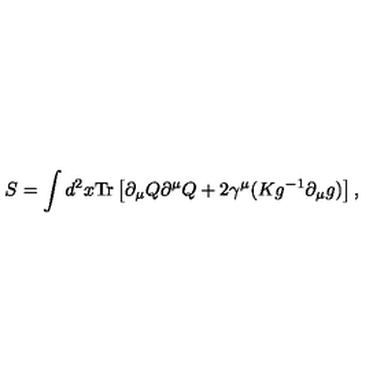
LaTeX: S = \int d ^ { 2 } x \mathrm { T r } \left[ \partial _ { \mu } Q \partial ^ { \mu } Q + 2 \gamma ^ { \mu } ( K g ^ { - 1 } \partial _ { \mu } g ) \right] ,